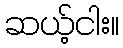
ဆယ့်ငါး။